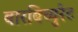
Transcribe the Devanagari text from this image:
बारबिच्युरेट